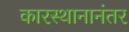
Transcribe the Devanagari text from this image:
कारस्थानानंतर